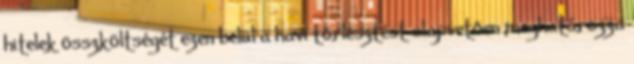
hitelek összköltségét ezen belül a havi törlesztést alapvetően meghatározza